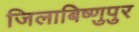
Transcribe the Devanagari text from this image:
जिलाबिष्णुपुर